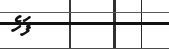
ފަހެ